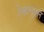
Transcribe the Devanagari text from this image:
रेव्हल्युशन